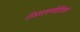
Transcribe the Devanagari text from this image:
वीआरएससीडीएक्स